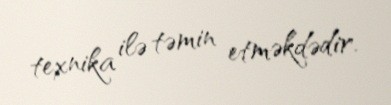
texnika ilə təmin etməkdədir.